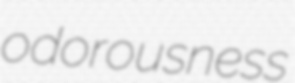
odorousness